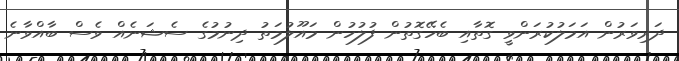
ދަރިވަރުން އަމަލުކުރަންވީ ގޮތާއި ބެހޭގޮތުން ފުލުހުން މައޫލުމަތު ދިނުމުގެ ސެޝަނެއް ވެސް ބާއްވާނެ